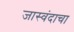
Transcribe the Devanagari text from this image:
जास्वंदाचा